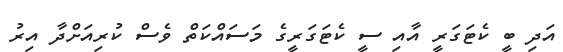
އަދި ބީ ކެޓަގަރީ އާއި ސީ ކެޓަގަރީގެ މަސައްކަތް ވެސް ކުރިއަށްދާ އިރު